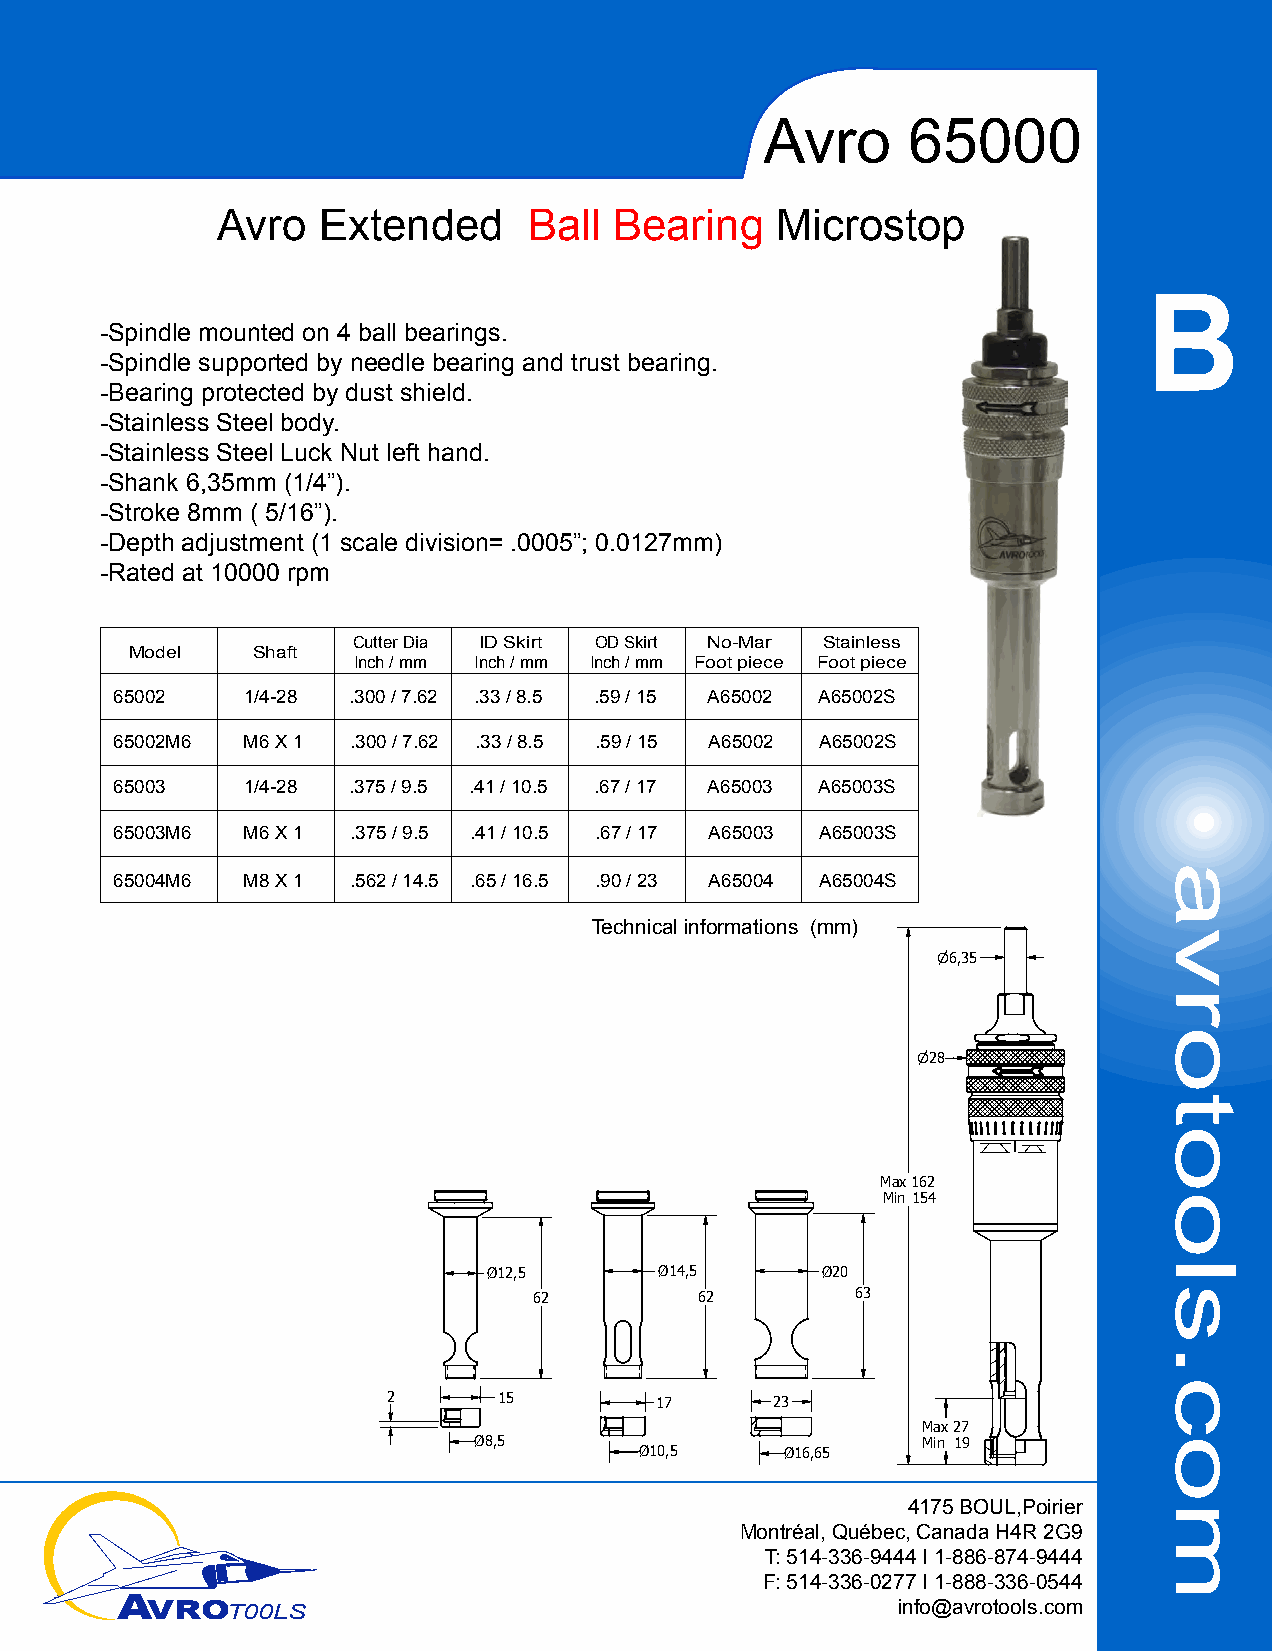
Avro     65000
 Avro  Extended      Ball  Bearing    Microstop
 B
 -Spindle mounted on 4 ball bearings.
 -Spindle supported by needle bearing and trust bearing.
 -Bearing protected by dust shield.
 -Stainless Steel body.
 -Stainless Steel Luck Nut left hand.
 -Shank 6,35mm (1/4”).
 -Stroke 8mm ( 5/16”).
 -Depth adjustment (1 scale division= .0005”; 0.0127mm)
 -Rated at 10000 rpm
 Cutter Dia ID Skirt OD Skirt No-Mar Stainless
 Model   Shaft
 Inch / mm Inch / mm Inch / mm Foot piece Foot piece
 65002   1/4-28 .300 / 7.62 .33 / 8.5 .59 / 15 A65002 A65002S
 65002M6 M6 X 1 .300 / 7.62 .33 / 8.5 .59 / 15 A65002 A65002S
 65003   1/4-28 .375 / 9.5 .41 / 10.5 .67 / 17 A65003 A65003S
 65003M6 M6 X 1 .375 / 9.5 .41 / 10.5 .67 / 17 A65003 A65003S
 65004M6 M8 X 1 .562 / 14.5 .65 / 16.5 .90 / 23 A65004 A65004S
 Technical informations (mm)
 6,35
 28
 Max 162
 Min 154
 Ø12,5       Ø14,5      Ø20
 62        62         63
 2      15         17     23
 Max 27
 Ø8,5                         Min 19
 Ø10,5    Ø16,65
 4175 BOUL,Poirier
 Montréal, Québec, Canada H4R 2G9
 T: 514-336-9444 I 1-886-874-9444
 F: 514-336-0277 I 1-888-336-0544
 AVROT00LS                                           info@avrotools.com
 avrotools.com